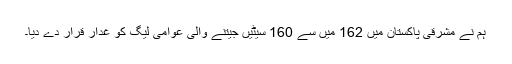
ہم نے مشرقی پاکستان میں 162 میں سے 160 سیٹیں جیتنے والی عوامی لیگ کو غدار قرار دے دیا۔